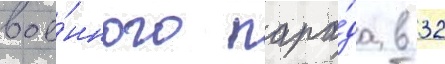
вое́нного пара́да в 32